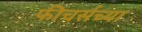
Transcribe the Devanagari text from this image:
फीचर्सच्या